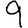
Digit: 9